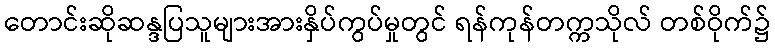
တောင်းဆိုဆန္ဒပြသူများအားနှိပ်ကွပ်မှုတွင် ရန်ကုန်တက္ကသိုလ် တစ်ဝိုက်၌